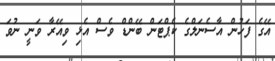
އޭގެ ފަހުން އާސެނަލްގެ ކެޕްޓަން ބޭންޑް ވެސް އެޅި ވިއޭރާ ވަނީ ނުވަ